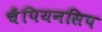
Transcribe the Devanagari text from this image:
चैंपियनसिप